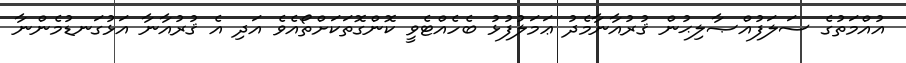
އުއްމަތުގެ ސަލަފުއްޞާލިޙުން ޤުރުއާނާމެދު ޢަމަލުފުޅު ބެހެއްޓެވީ ކޮންގޮތަކަށްތޯއެވެ އަދި އެ ޤުރުއާނާ އަޅުގަނޑުމެންނާ